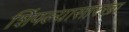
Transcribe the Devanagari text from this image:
शिंपल्यासारखा